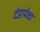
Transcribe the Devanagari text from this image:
दंडापेक्षा